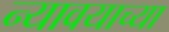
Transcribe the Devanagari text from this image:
न्यावयाच्या